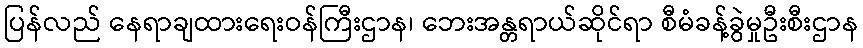
ပြန်လည် နေရာချထားရေးဝန်ကြီးဌာန၊ ဘေးအန္တရာယ်ဆိုင်ရာ စီမံခန့်ခွဲမှုဦးစီးဌာန